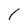
Character: 1